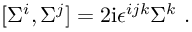
[ \Sigma ^ { i } , \Sigma ^ { j } ] = 2 \mathrm { i } \epsilon ^ { i j k } \Sigma ^ { k } \ .